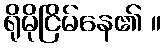
ရိုမိုငြိမ်နေ၏ ။